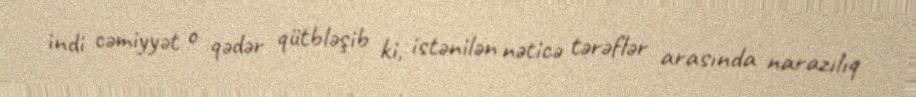
indi cəmiyyət o qədər qütbləşib ki, istənilən nəticə tərəflər arasında narazılıq